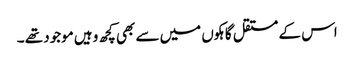
اس کے مستقل گاہکوں میں سے بھی کچھ وہیں موجود تھے ۔